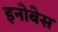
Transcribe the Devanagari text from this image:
इनोबेस